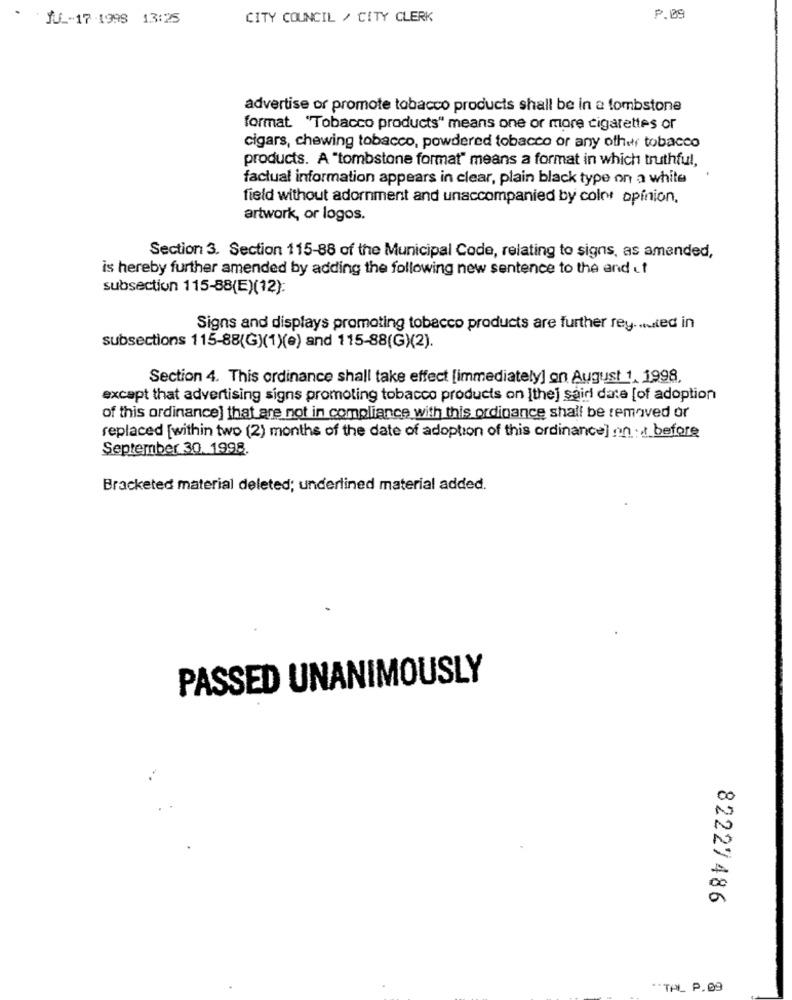
JU _- 17 -1998 13:25
CITY COUNCIL / CITY CLERK
P.29
advertise or promote tobacco products shall be in a tombstone
format. "Tobacco products" means one or more cigarettes or
cigars, chewing tobacco, powdered tobacco or any other tobacco
products. A "tombstone format" means a format in which truthful,
factual information appears in clear, plain black type on a white
field without adornment and unaccompanied by color opinion.
artwork, or logos.
Section 3. Section 115-88 of the Municipal Code, relating to signs, as amended,
is hereby further amended by adding the following new sentence to the and ct
subsection 115-88(E)(12):
Signs and displays promoting tobacco products are further rey. ... ted in
subsections 115-88(G)(1)(e) and 115-88(G)(2).
Section 4. This ordinance shall take effect [immediately] on August 1, 1998,
except that advertising signs promoting tobacco products on Ithej sair date [of adoption
of this ordinance] that are not in compliance with this ordinance shall be removed or
replaced [within two (2) months of the date of adoption of this ordinance] on ., before
September 30. 1998.
Bracketed material deleted; underlined material added.
PASSED UNANIMOUSLY
82227486
"TAL P.09